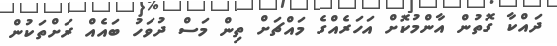
ދައްކާ ގޮތުން އާންމުކޮށް އަހަރެއްގެ މައްޗަށް ތިން މަސް ދުވަހު ބައެއް ރަށްތަކުން